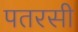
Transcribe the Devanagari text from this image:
पतरसी